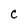
Character: C